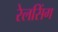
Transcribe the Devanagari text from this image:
रेलसिंग